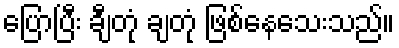
ပြောပြီး ချီတုံ ချတုံ ဖြစ်နေသေးသည်။